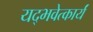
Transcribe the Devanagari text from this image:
यद्भवेत्कार्यं